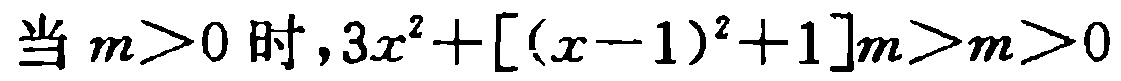
当 \(m>0\) 时，\(3x^{2}+[(x - 1)^{2}+1]m>m>0\)